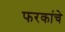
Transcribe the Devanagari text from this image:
फरकांचे